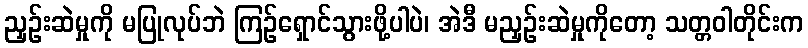
ညှဉ်းဆဲမှုကို မပြုလုပ်ဘဲ ကြဉ်ရှောင်သွားဖို့ပါပဲ၊ အဲဒီ မညှဉ်းဆဲမှုကိုတော့ သတ္တဝါတိုင်းက